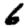
Digit: 6